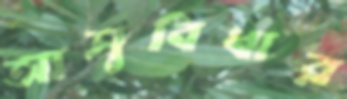
আসুবিধার